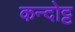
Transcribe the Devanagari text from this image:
कन्दोट्ट